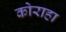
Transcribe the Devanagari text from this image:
कोराहा